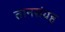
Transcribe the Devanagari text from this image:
तानसंग्रह